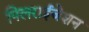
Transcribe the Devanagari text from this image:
पिलराईजेशन